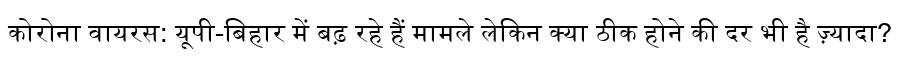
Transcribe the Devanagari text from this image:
कोरोना वायरस: यूपी-बिहार में बढ़ रहे हैं मामले लेकिन क्या ठीक होने की दर भी है ज़्यादा?